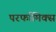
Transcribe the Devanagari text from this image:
परर्फामिक्स